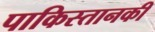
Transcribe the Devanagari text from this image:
पाकिस्तानकी